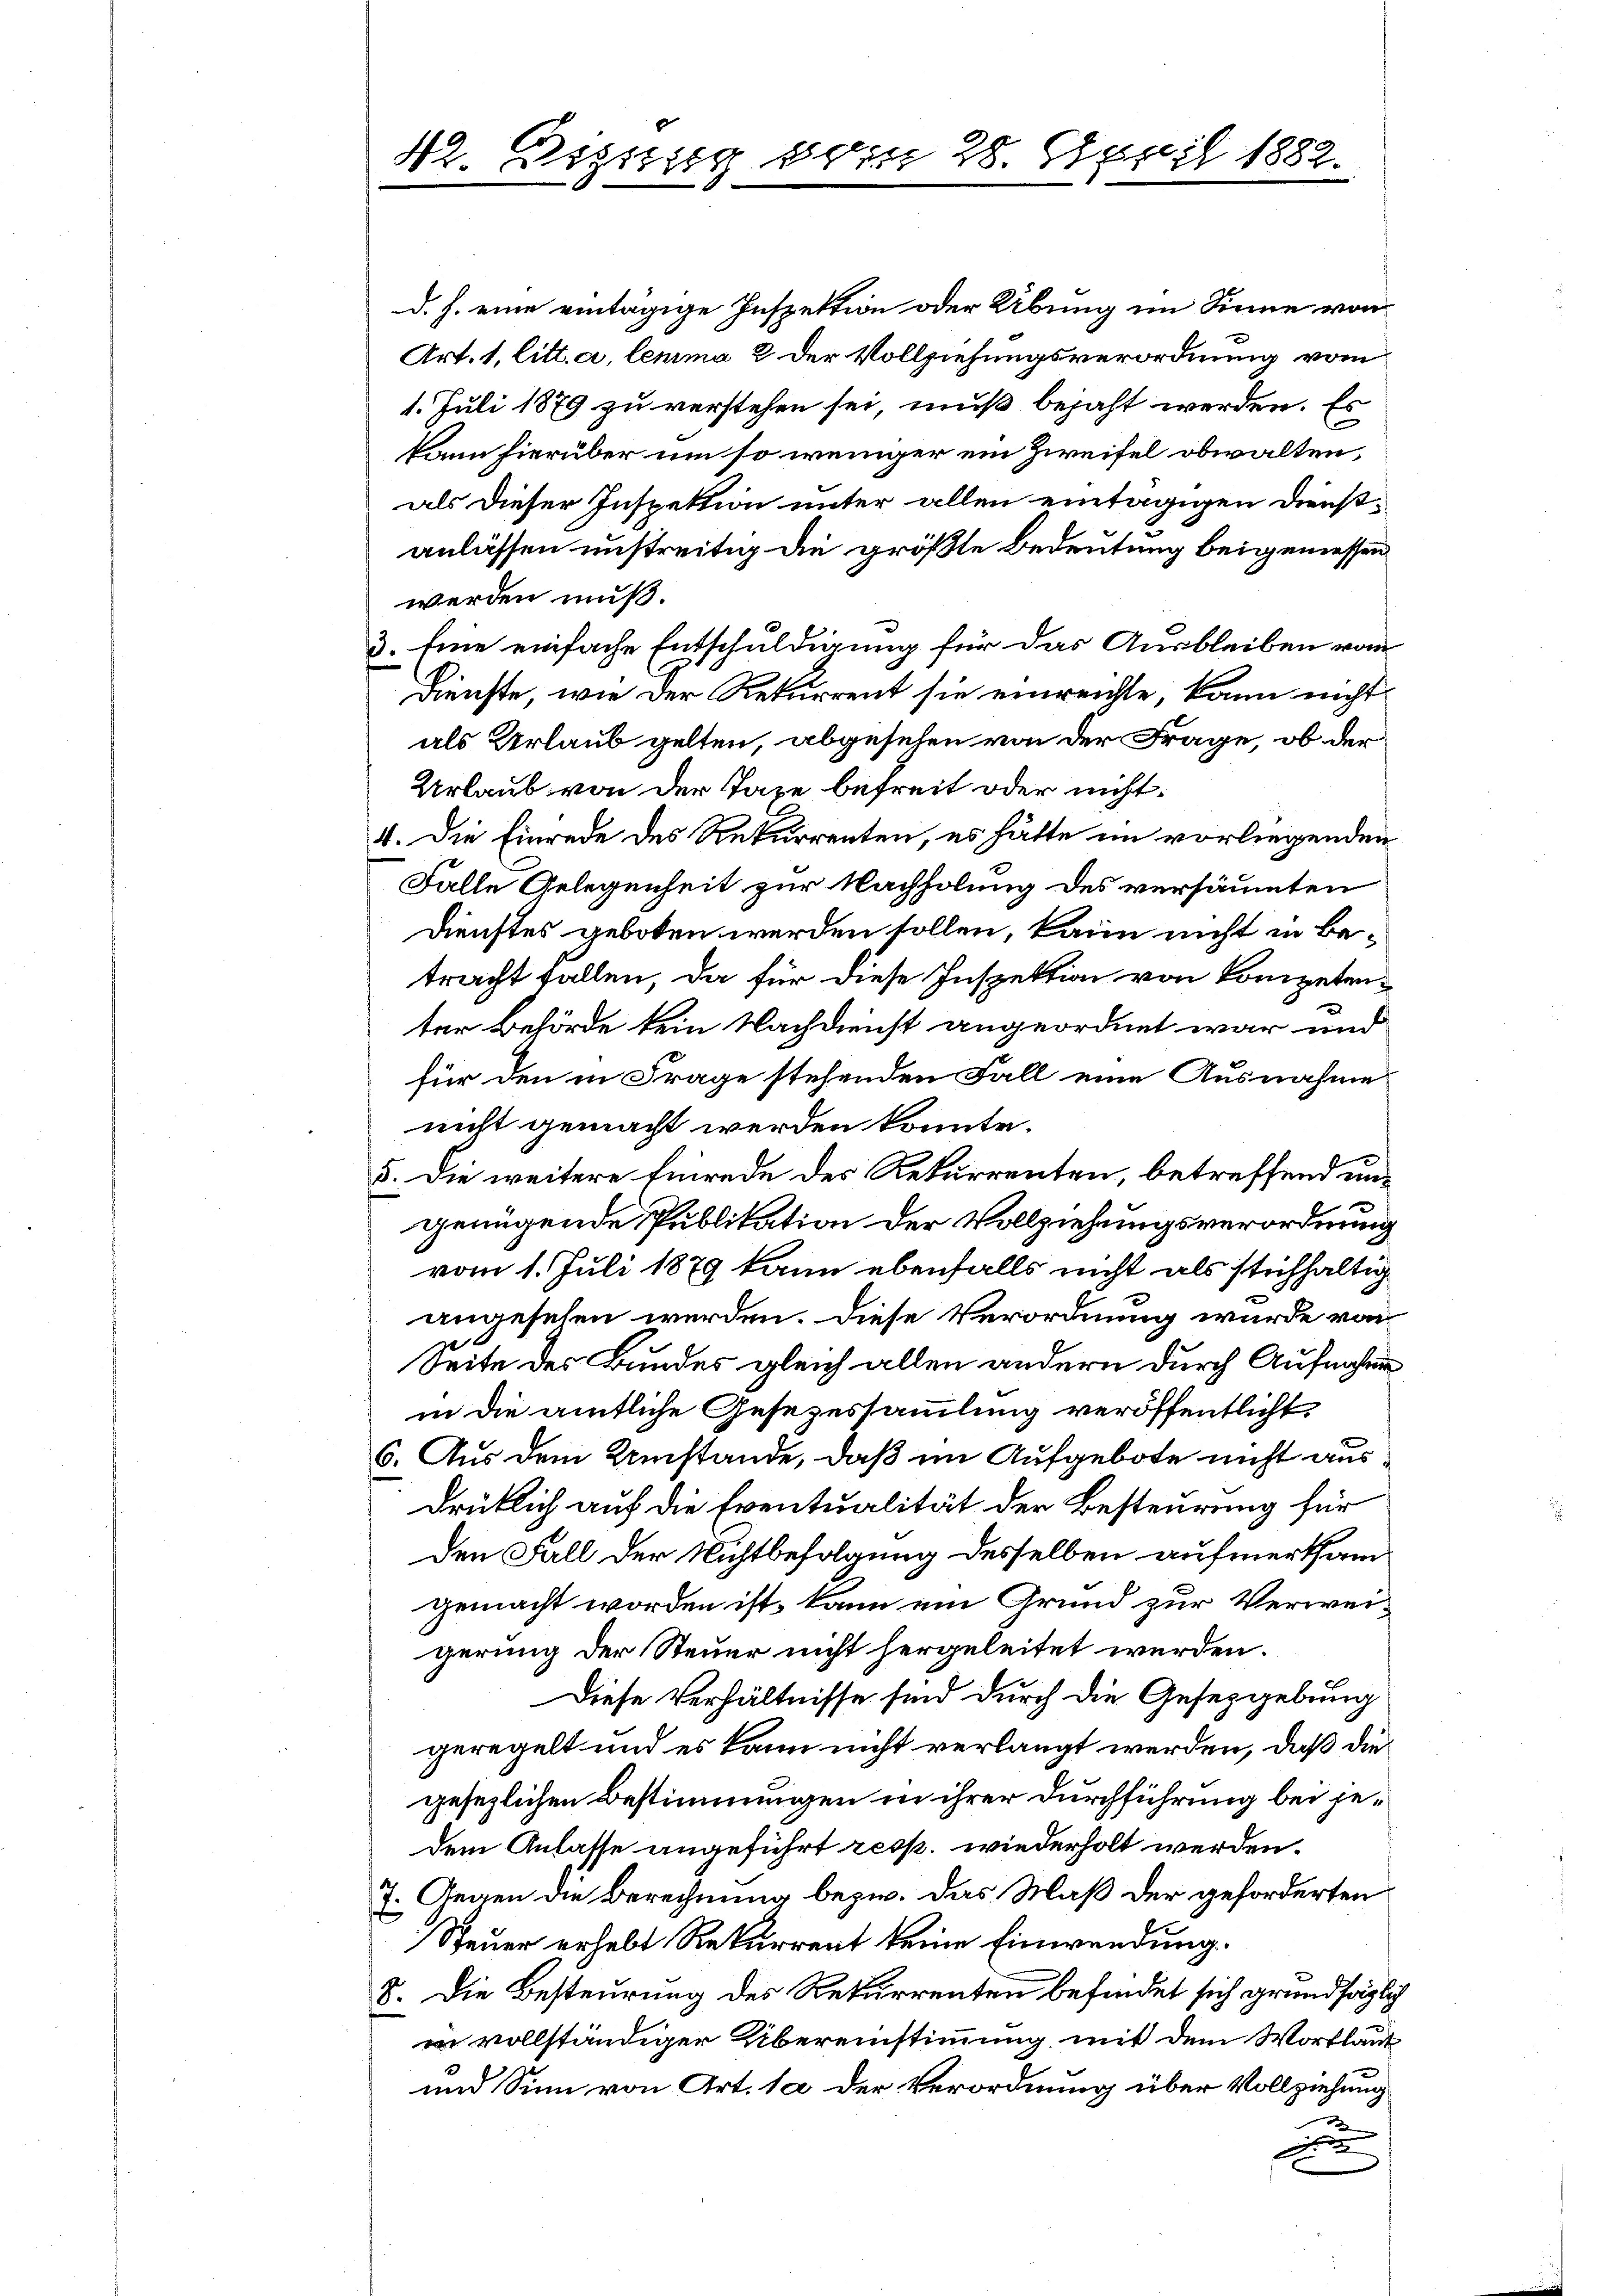
42. Digung den 28. April 1882.

d. h. eine eintägige Inspektion oder Übung im Sinne von
Art. 1, litt. a, lemma 2 der Vollziehungsverordnung vom
1. Juli 1879 zu verstehen sei, muß bejaht werden. Es
kann hierüber um so weniger ein Zweifel obwalten,
als dieser Inspektion unter allen eintägigen Dienstanlassen unstreitig die größte Bedeutung beigemessen
werden muß.
3. Eine einfache Entschuldigung für das Ausbleiben vom
Dienste, wie der Rekurrent sie einreichte, kann nicht
als Urlaub gelten, abgesehen von der Frage, ob der
Urlaub von der Tage befreit oder nicht
4. Die Einrede des Rekurrenten, es hätte im vorliegenden
Falle Gelegenheit zur Nachholung des versäumten
Dienstes geboten werden sollen, kann nicht in Betracht fallen, da für diese Inspektion von kompetenter Behörde kein Nachdienst angeordnet war und
für den in Frage stehenden Fall eine Ausnahme
nicht gemacht werden konnte.
5. Die weitere Einrede des Rekurrenten, betreffend ungenügende Publikation der Vollziehungsverordnung
vom 1. Juli 1879 kann ebenfalls nicht als stichhaltig
angesehen werden. Diese Verordnung wurde von
Seite des Bundes gleich allen andern durch Aufnahme
in die amtliche Gesezessammlung veröffentlicht
6. Aus dem Umstände, daß im Aufgebote nicht ausdrüklich auf die Eventualität der Besteurung für
den Fall der Nichtbefolgung desselben aufmerksamgemacht worden ist, kann um Grund zur Verweigerung der Steuer nicht hergeleitet werden.
Diese Verhältnisse sind durch die Gesetzgebung
geregelt und es kann nicht verlangt werden, daß die
gesezlichen Bestimmungen in ihrer Durchführung bei jedem Anlasse angeführt resp. wiederholt werden.
7. Gegen die Berechnung bezw. das Maß der geforderten
Steuer erhebt Rekurrent keine Einwendung.
8. Die Besteurung des Rekurrenten befindet sich grundsäglich
in vollständiger Übereinstimmung mit dem Wortlaut
und Sinn von Art. 1 der Verordnung über Vollziehung
3
d